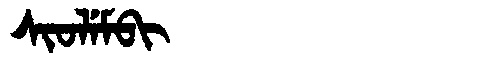
Manchu: ᠰᡳᠣᠯᡝᠮᠪᡳ
Romanization: SIOLEMBI